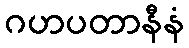
ဂဟပတာနီနံ